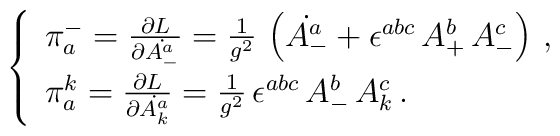
\left\{\begin{array}{l}\pi^-_a  =  \frac{\partial L}{\partial \dot{A^a_-}} =\frac{1}{g^2} \, \left( \dot{A^a_- } + \epsilon^{abc} \, A^b_+ \, A^c_- \right) \,, \\[0.2cm]\pi_a^k = \frac{\partial L}{\partial \dot{A^a_k}} =\frac{1}{g^2} \, \epsilon^{abc} \, A^b_- \, A^c_k \,.\end{array}\right.